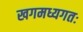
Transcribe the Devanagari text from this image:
खगमध्यगतः